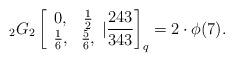
LaTeX: \begin{align*} _{2}G_{2}\left[\begin{array}{cc} 0, & \frac{1}{2} \\ \frac{1}{6}, & \frac{5}{6}, \end{array}|\frac{243}{343}\right]_q=2\cdot \phi(7).\end{align*}